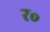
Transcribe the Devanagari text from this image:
र॰